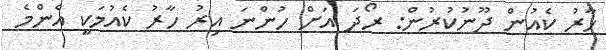
ހާރު ކެއުން ދޫނުކުރުން: ރޯދަ އަށް ހުންނަ އިރު ހާރު ކެއުމަކީ އެންމެ